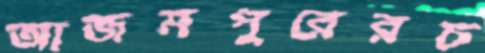
আজমপুরেরচ